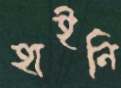
হাইনি